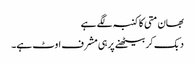
بھان متی کا کنبہ لگے ہے
دبک کر بیٹھنے پر ہی مشرف اوٹ ہے۔